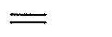
=